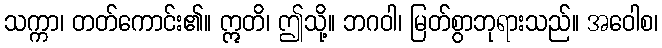
သက္ကာ၊ တတ်ကောင်း၏။ ဣတိ၊ ဤသို့။ ဘဂဝါ၊ မြတ်စွာဘုရားသည်။ အဝေါစ၊